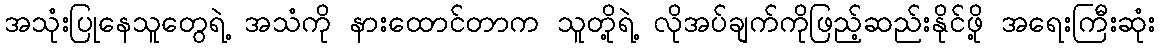
အသုံးပြုနေသူတွေရဲ့ အသံကို နားထောင်တာက သူတို့ရဲ့ လိုအပ်ချက်ကိုဖြည့်ဆည်းနိုင်ဖို့ အရေးကြီးဆုံး